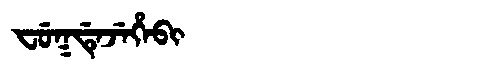
Manchu: ᠸᡠᡴᡩᡝᠵᡝᡥᡝᠪᡳ
Romanization: FUKDEJEHEBI